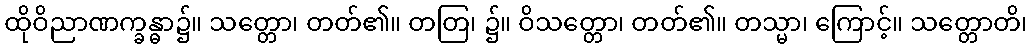
ထိုဝိညာဏက္ခန္ဓာ၌။ သတ္တော၊ တတ်၏။ တတြ၊ ၌။ ဝိသတ္တော၊ တတ်၏။ တသ္မာ၊ ကြောင့်။ သတ္တောတိ၊